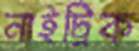
নাইট্রিক